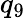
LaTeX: q_{9}